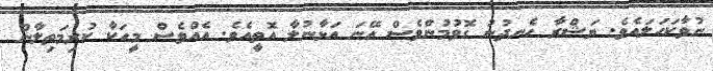
ނުވާކަހަލައެވެ. ޔަޝްރާ ހެނދުނު ގޮވުމުންވެސް އޭނަ އަޅާނުލާ އޮތީއެވެ. އެއްވެސް މީހަކާ ކުރިމަތިލާން